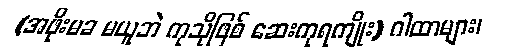
(အဖိုးမခ မယူဘဲ ကုသိုဖြစ် ဆေးကုရကျိုး) ဂါထာများ၊